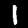
Digit: 1